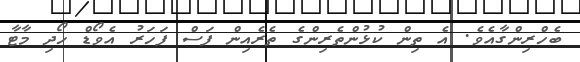
ބެހްރިންގާއެވެ. އެ ތިން ކުޅުންތެރިންގެ ތެރެއިން ފަސް ފަހަރު އެވޯޑް ހޯދި މާޓާ